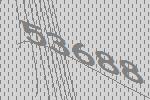
53688